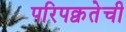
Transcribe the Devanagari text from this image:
परिपक्वतेची